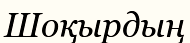
Шоқырдың